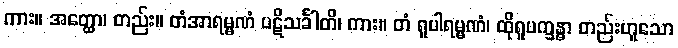
ကား။ အတ္ထော၊ တည်း။ တံအာရမ္မဏံ ပဋိသင်္ခါတိ၊ ကား။ တံ ရူပါရမ္မဏံ၊ ထိုရူပက္ခန္ဓာ တည်းဟူသော